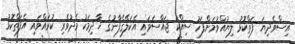
އިސްވެދިޔަ ފަތްކޮޅު ލިޔުއްވުމަށްފަހު ސިއްކަ ޖައްސަވައި އެކަލޭގެފާނުގެ ޚާދިމަކު މެދުވެރި ކުރައްވައި އެފަތްކޮޅު